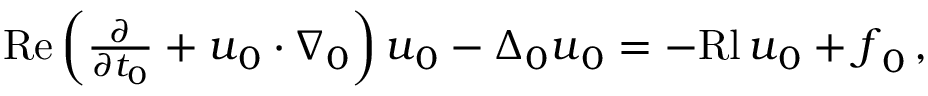
\begin{array} { r } { \mathrm { R e } \left( \frac { \partial } { \partial t _ { 0 } } + { \boldsymbol u } _ { 0 } \cdot { \boldsymbol \nabla } _ { 0 } \right) { \boldsymbol u } _ { 0 } - \Delta _ { 0 } { \boldsymbol u } _ { 0 } = - \mathrm { R l } \, { \boldsymbol u } _ { 0 } + { \boldsymbol f } _ { 0 } \, , \quad } \end{array}